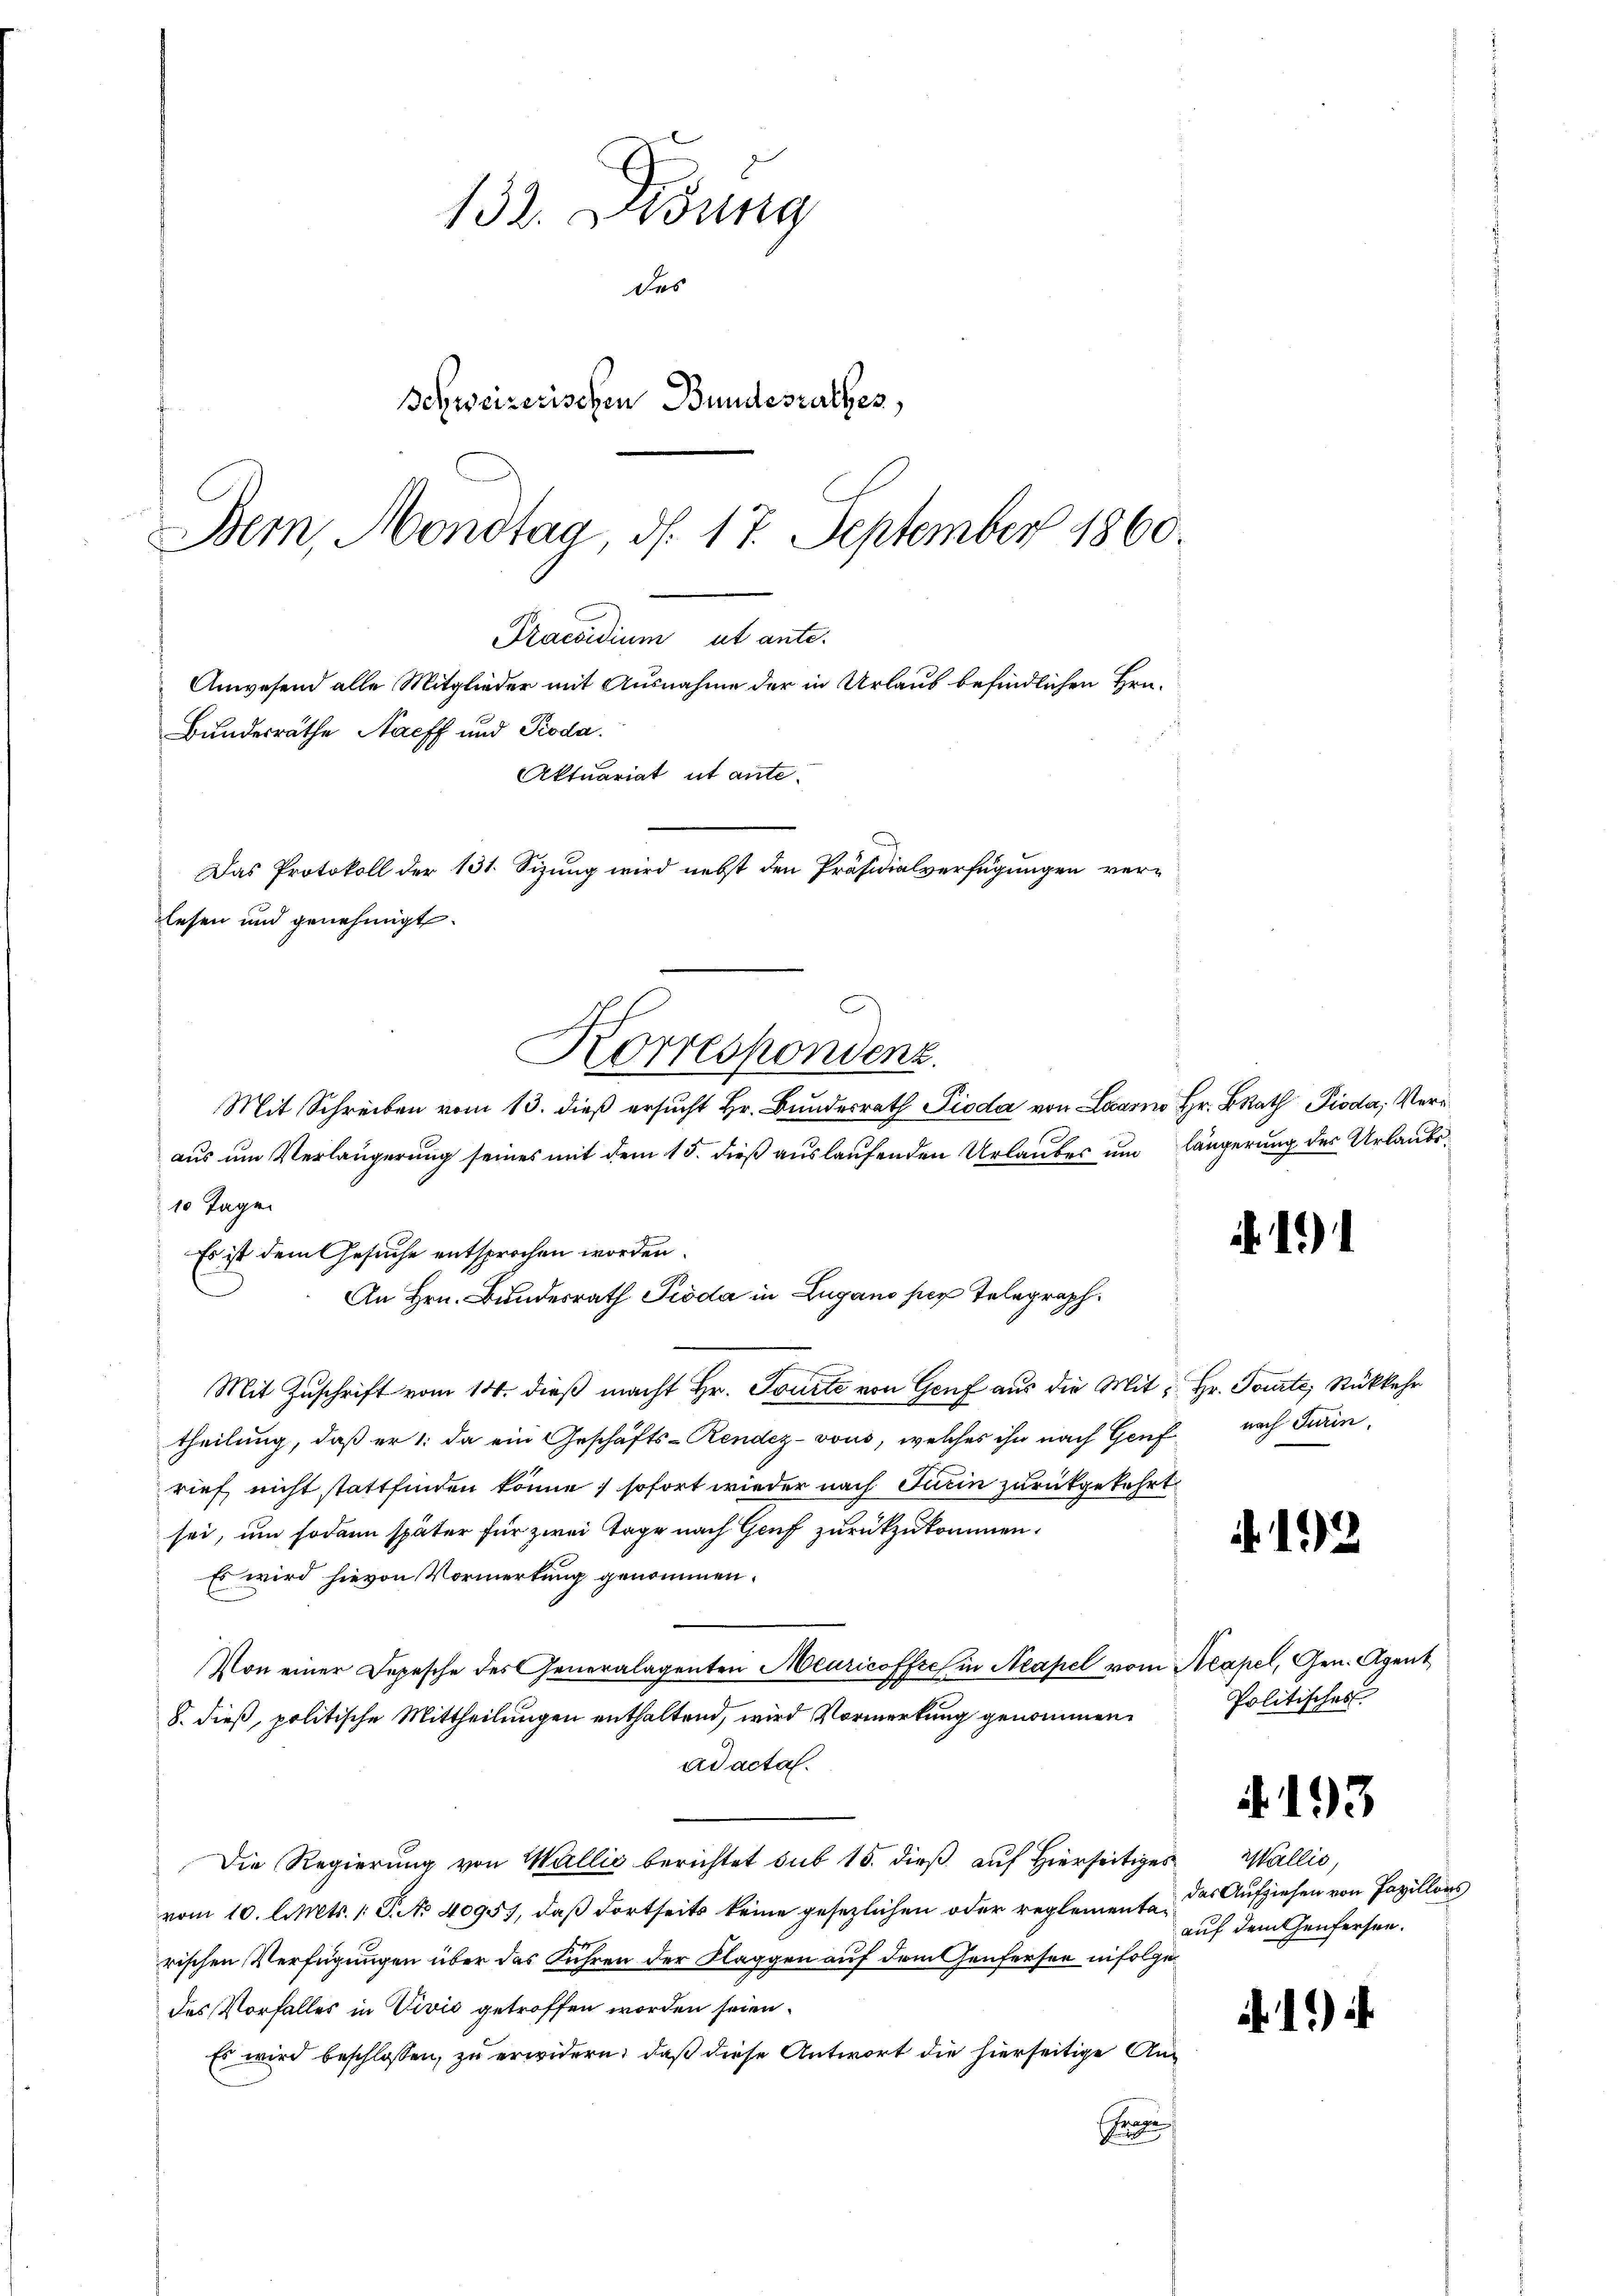
132. Disung
des
Schweizerischen Bundesrathes,
Bern, Mondtag, d. 17. September 1860.
Praesidium ab ant
Anwesend alle Mitglieder mit Ausnahme der in Urlaub befindlichen Hrn.
Bundesräthe Nacff und Roda.
Aktuariat ut ante-
Das Protokoll der 131. Sizung wird nebst den Präsidialverfügungen verlesen und genehmigt.

Korrespondenz.
Mit Schreiben vom 13. dieß ersucht Hr. Bundesrath Pioda von Laarno Hr. BRath Pioda, Veraus um Verlängerung seines mit dem 15. dieß auslaufenden Urlaubes um längerung der Urlaubs¬
10 Tagen
Es ist dem Gesuche entsprochen worden.
An Hrn. Bundesrath Pioda in Lugano hier Telegraph
Mit Zuschrift vom 14. dieß macht Hr. Tourte von Genf aus die Mit Hr. Tourte, Rückkehr
theilung, daß er 1. da ein Geschäfts-Rendez-vous, welches ihn nach Genf
rief nicht stattfinden könne, sofort wieder nach Turin zurückgekehrt
sei, um sodann später für zwei Tage nach Genf zurückzukommen.
Es wird hievon Vormerkung genommen.
Von einer Depesche des Generalagenten Meuricoffich in Neapel vom Acapel, Gen. Agent
8. dieß, politische Mittheilungen enthaltend, wird Vormerkung genommen,
ad acta.
Die Regierung von Wallis berichtet sub 15. dieß auf Hierseitiges
vom 10. Cts. 1 S. No 4095., daß dortseits keine gesezlichen oder reglementarischen Verfügungen über das Fuhren der Klaggen auf dem Genfersee infolge
des Vorfalles in Vivić getroffen worden seien.
Es wird beschlossen, zu erwidern, daß diese Antwort die hierseitige An¬
Fragen

.1)

nach Turin.

.192

Politisches

4193

Wallis,
das Aufziehen von Papillons
auf dem Genfersen.

.1)